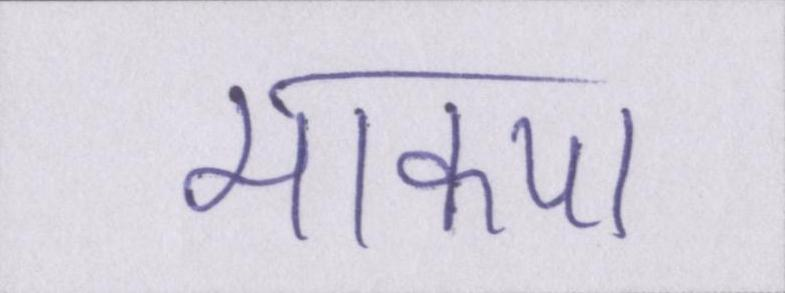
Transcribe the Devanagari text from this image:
माकपा